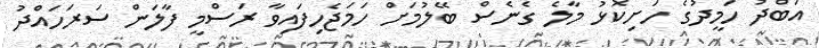
އަބްދު ހަމީދުގެ ހަށިކޮޅު މާލެ ގެނެސް ބޭލުމަށް ހަމަޖެހިފައިވާ ރަސްމީ ފާލަން ސަރަހައްދު